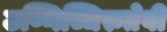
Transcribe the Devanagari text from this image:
उण्णिच्चिरुतेवी